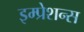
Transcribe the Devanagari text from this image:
इम्प्रेशन्स